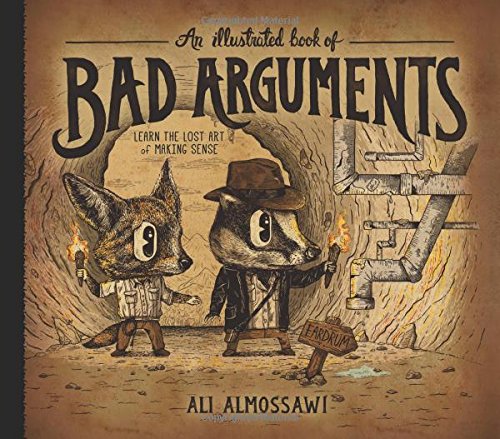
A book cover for An Illustrated Book of Bad Arguments; Ali Almossawi; Science & Math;